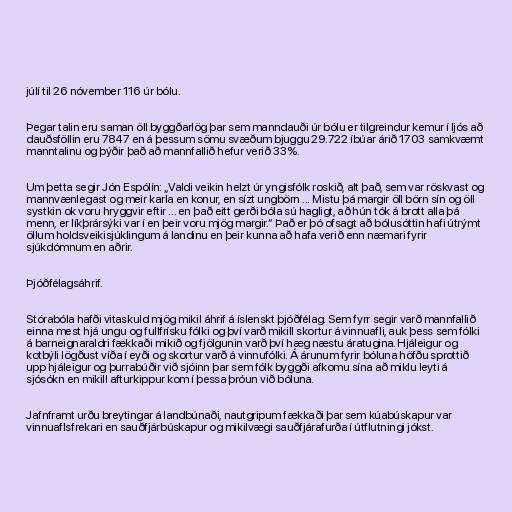
júlí til 26 nóvember 116 úr bólu.

Þegar talin eru saman öll byggðarlög þar sem manndauði úr bólu er tilgreindur kemur í ljós að
dauðsföllin eru 7847 en á þessum sömu svæðum bjuggu 29.722 íbúar árið 1703 samkvæmt
manntalinu og þýðir það að mannfallið hefur verið 33%.

Um þetta segir Jón Espólín: „Valdi veikin helzt úr yngisfólk roskið, alt það, sem var röskvast og
mannvænlegast og meir karla en konur, en sízt ungbörn ... Mistu þá margir öll börn sín og öll
systkin ok voru hryggvir eftir ... en það eitt gerði bóla sú hagligt, að hún tók á brott alla þá
menn, er líkþrársýki var í en þeir voru mjög margir.“ Það er þó ofsagt að bólusóttin hafi útrýmt
öllum holdsveikisjúklingum á landinu en þeir kunna að hafa verið enn næmari fyrir
sjúkdómnum en aðrir.

Þjóðfélagsáhrif.

Stórabóla hafði vitaskuld mjög mikil áhrif á íslenskt þjóðfélag. Sem fyrr segir varð mannfallið
einna mest hjá ungu og fullfrísku fólki og því varð mikill skortur á vinnuafli, auk þess sem fólki
á barneignaraldri fækkaði mikið og fjölgunin varð því hæg næstu áratugina. Hjáleigur og
kotbýli lögðust víða í eyði og skortur varð á vinnufólki. Á árunum fyrir bóluna höfðu sprottið
upp hjáleigur og þurrabúðir við sjóinn þar sem fólk byggði afkomu sína að miklu leyti á
sjósókn en mikill afturkippur kom í þessa þróun við bóluna.

Jafnframt urðu breytingar á landbúnaði, nautgripum fækkaði þar sem kúabúskapur var
vinnuaflsfrekari en sauðfjárbúskapur og mikilvægi sauðfjárafurða í útflutningi jókst.